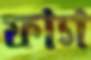
ফাগ